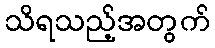
သိရသည့်အတွက်